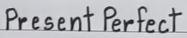
Present Perfect